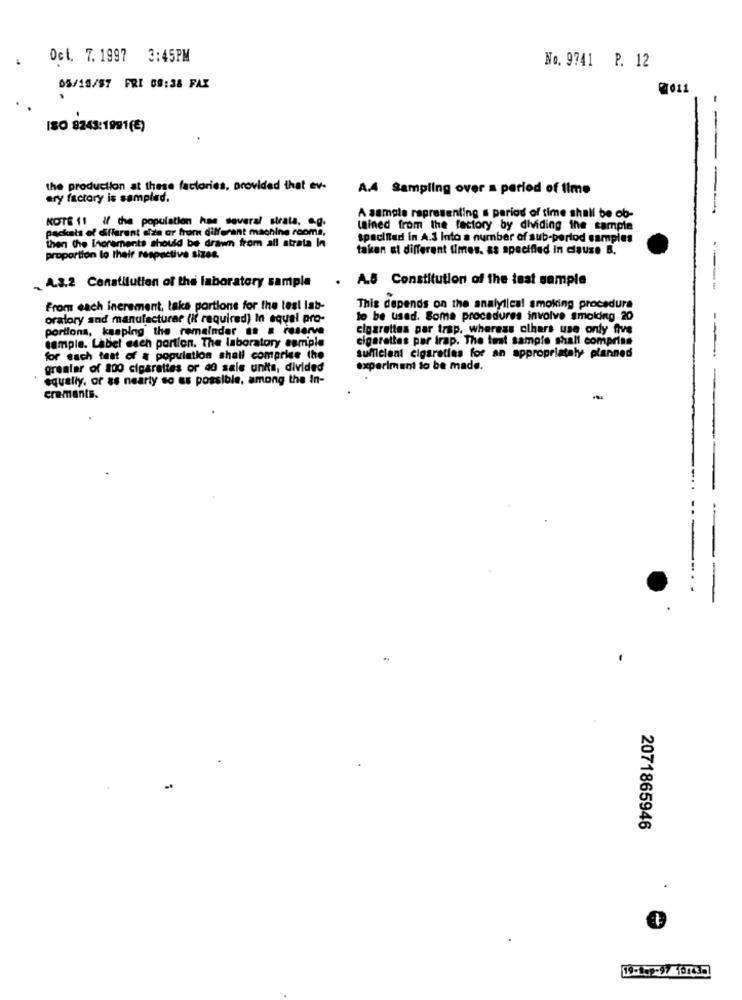
Det. 7.1997 3:45PM
No. 9741 P. 12
05/19/57 FRI 09:38 FAX
ISO 8243:1991(€)
-
the production at these factories, provided that ev-
A.A Sampling over a period of time
ary factory is sampled.
- --
KOTE 11 If the population has several strata, og.
A sample representing a period of time shall be ob-
packets of different aize ar from different machine rooms,
tained from the factory by dividing the sample
then the Increments should be drawn from all strata In
specified in A.3 Into a number of sub-period samples
taken at different times. as specified in cause B.
proportion to their respective sizes.
. A.S Constitution of the test sample
---
- A.3.2 Constitution of the laboratory sample
From each increment, laks portions for the test lab-
This depends on the analytical smoking procedura
oratory and manufacturar (if required) In equal pro-
to be used. Some procedures involve smolding 20
portions, kasping the remainder as a reserve
cigarettes par trap. whereas clhars use only five
sample. Label esch portion. The laboratory sample
cigarettes par trap. The test sample shall comprise
--
for each test of a population shall comprise the
sufficient cigaretias for an appropriately planned
greater of 800 cigarettes or 40 sale units, divided
experiment to be made.
equally. or as nearly so as possible, among the In-
cremants.
2071865946
.
19-1ap-97 101435